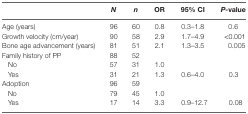
|  | N | n | OR | 95% CI | P-value |
 | --- | --- | --- | --- | --- | --- |
 | Age (years) | 96 | 60 | 0.8 | 0.3–1.8 | 0.6 |
 | Growth velocity (cm/year) | 90 | 58 | 2.9 | 1.7–4.9 | <0.001 |
 | Bone age advancement (years) | 81 | 51 | 2.1 | 1.3–3.5 | 0.005 |
 | Family history of PP | 88 | 52 |  |  |  |
 | No | 57 | 31 | 1.0 |  |  |
 | Yes | 31 | 21 | 1.3 | 0.6–4.0 | 0.3 |
 | Adoption | 96 | 59 |  |  |  |
 | No | 79 | 45 | 1.0 |  |  |
 | Yes | 17 | 14 | 3.3 | 0.9–12.7 | 0.08 |